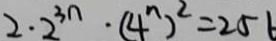
2 \cdot 2 ^ { 3 n } \cdot ( 4 ^ { n } ) ^ { 2 } = 2 5 6